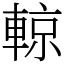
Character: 輬